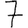
Digit: 7